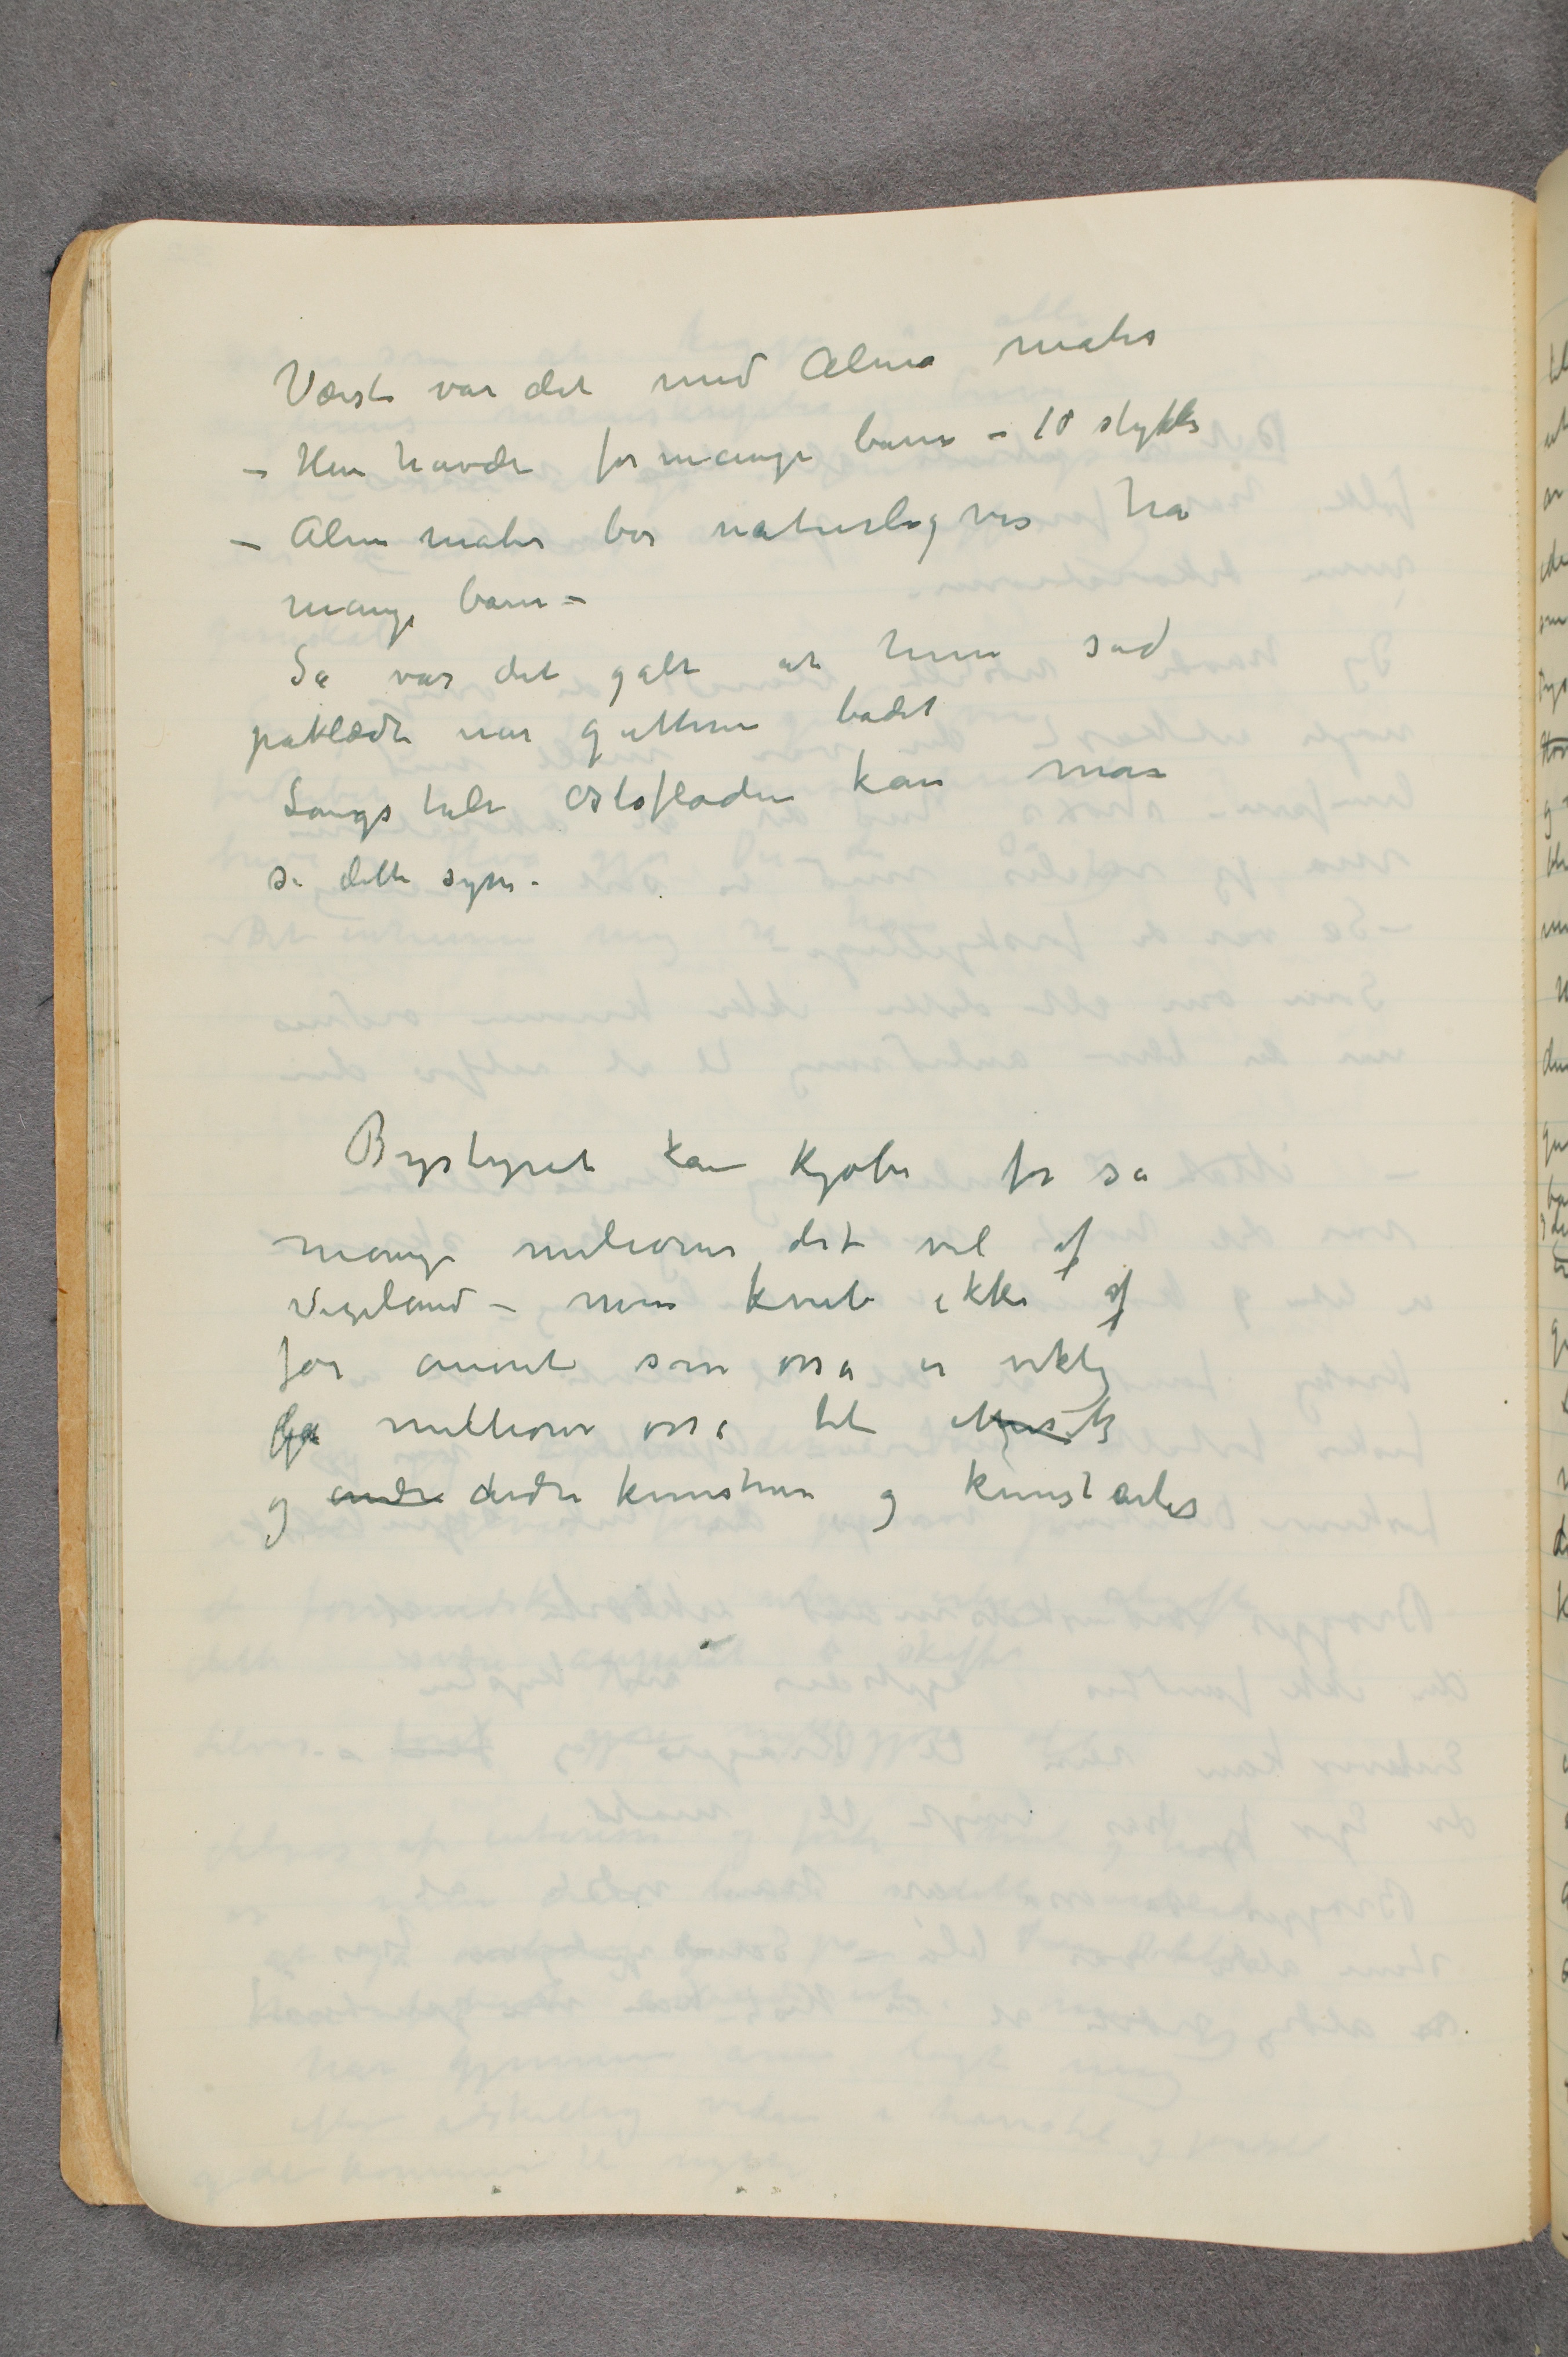
Værst var det med Alma mater
– Hun havde formange barn – 10 stykker
– Alma mater bør naturligvis ha
mange barn –
Så var det galt at hun sad
påklædt når gutterne badet
Langs hele Oslofloden kan man
se dette syn.

Bystyret kan kjøbe for så
mange milioner det vil af
Vigeland – men knib ikke af
for annet som osså er viktig
la millioner osså til Musik
og andre andre kunstnere og kunstarter